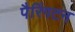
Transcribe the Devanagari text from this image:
पैरिंगटन